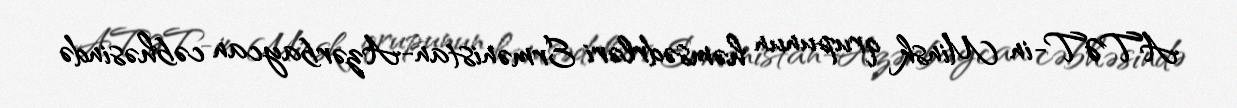
ATƏT-in Minsk qrupunun həmsədrləri Ermənistan-Azərbaycan cəbhəsində